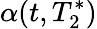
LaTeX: \alpha(t,T_{2}^{*})